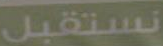
نستقبل